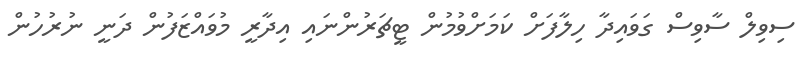
ސިވިލް ސާވިސް ގަވައިދާ ހިލާފަށް ކަމަށްވުމުން ޓީޗަރުންނައި އިދާރީ މުވައްޒަފުން ދަނީ ނުރުހުން